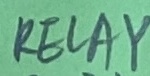
Text: RELAY